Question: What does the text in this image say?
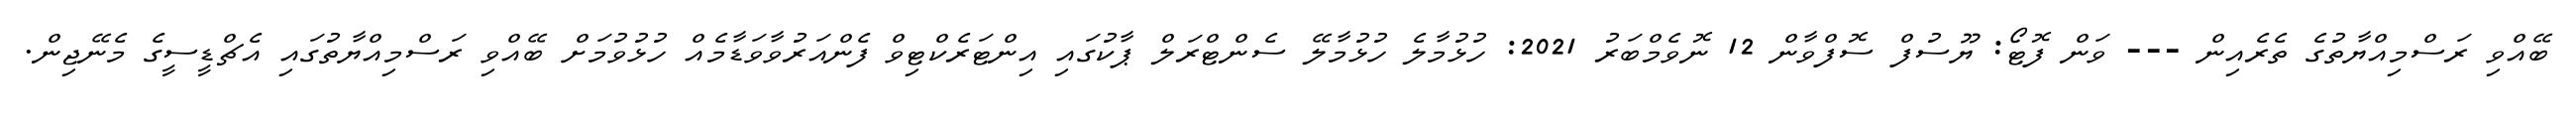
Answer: ބޭއްވި ރަސްމިއްޔާތުގެ ތެރެއިން --- ވަން ފޮޓޯ: ޔޫސުފް ސޮފްވާން 12 ނޮވެމްބަރު 2021: ހުޅުމާލެ ހުޅުމާލޭ ސެންޓްރަލް ޕާކުގައި އިންޓަރެކްޓިވް ފެންއަރުވާވަޑާމެއް ހުޅުވުމަށް ބޭއްވި ރަސްމިއްޔާތުގައި އެޗްޑީސީގެ މެނޭޖިން.